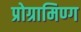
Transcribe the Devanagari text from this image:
प्रोग्रामिण्ग